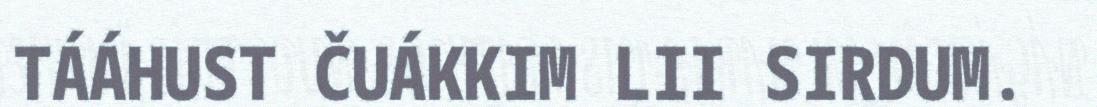
TÁÁHUST ČUÁKKIM LII SIRDUM.